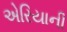
એરિયાની